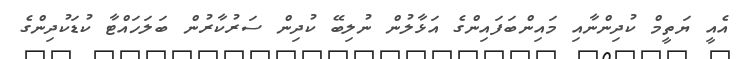
އެއީ ޔަތީމް ކުދިންނާއި މައިންބަފައިންގެ އަޅާލުން ނުލިބޭ ކުދިން ސަރުކާރުން ބަލަހައްޓާ ކުޑަކުދިންގެ